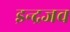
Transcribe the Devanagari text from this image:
इन्द्रजव